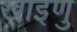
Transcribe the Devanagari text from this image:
खाइणु